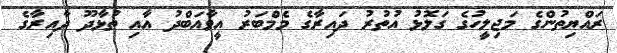
ރައްޔިތުންގެ މަޖިލީހުގެ ގަލޮޅު އުތުރު ދައިރާގެ މެމްބަރު އީވާއަބްދު އާއި ތުޅާދޫ ދާއިރާގެ